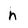
Character: n